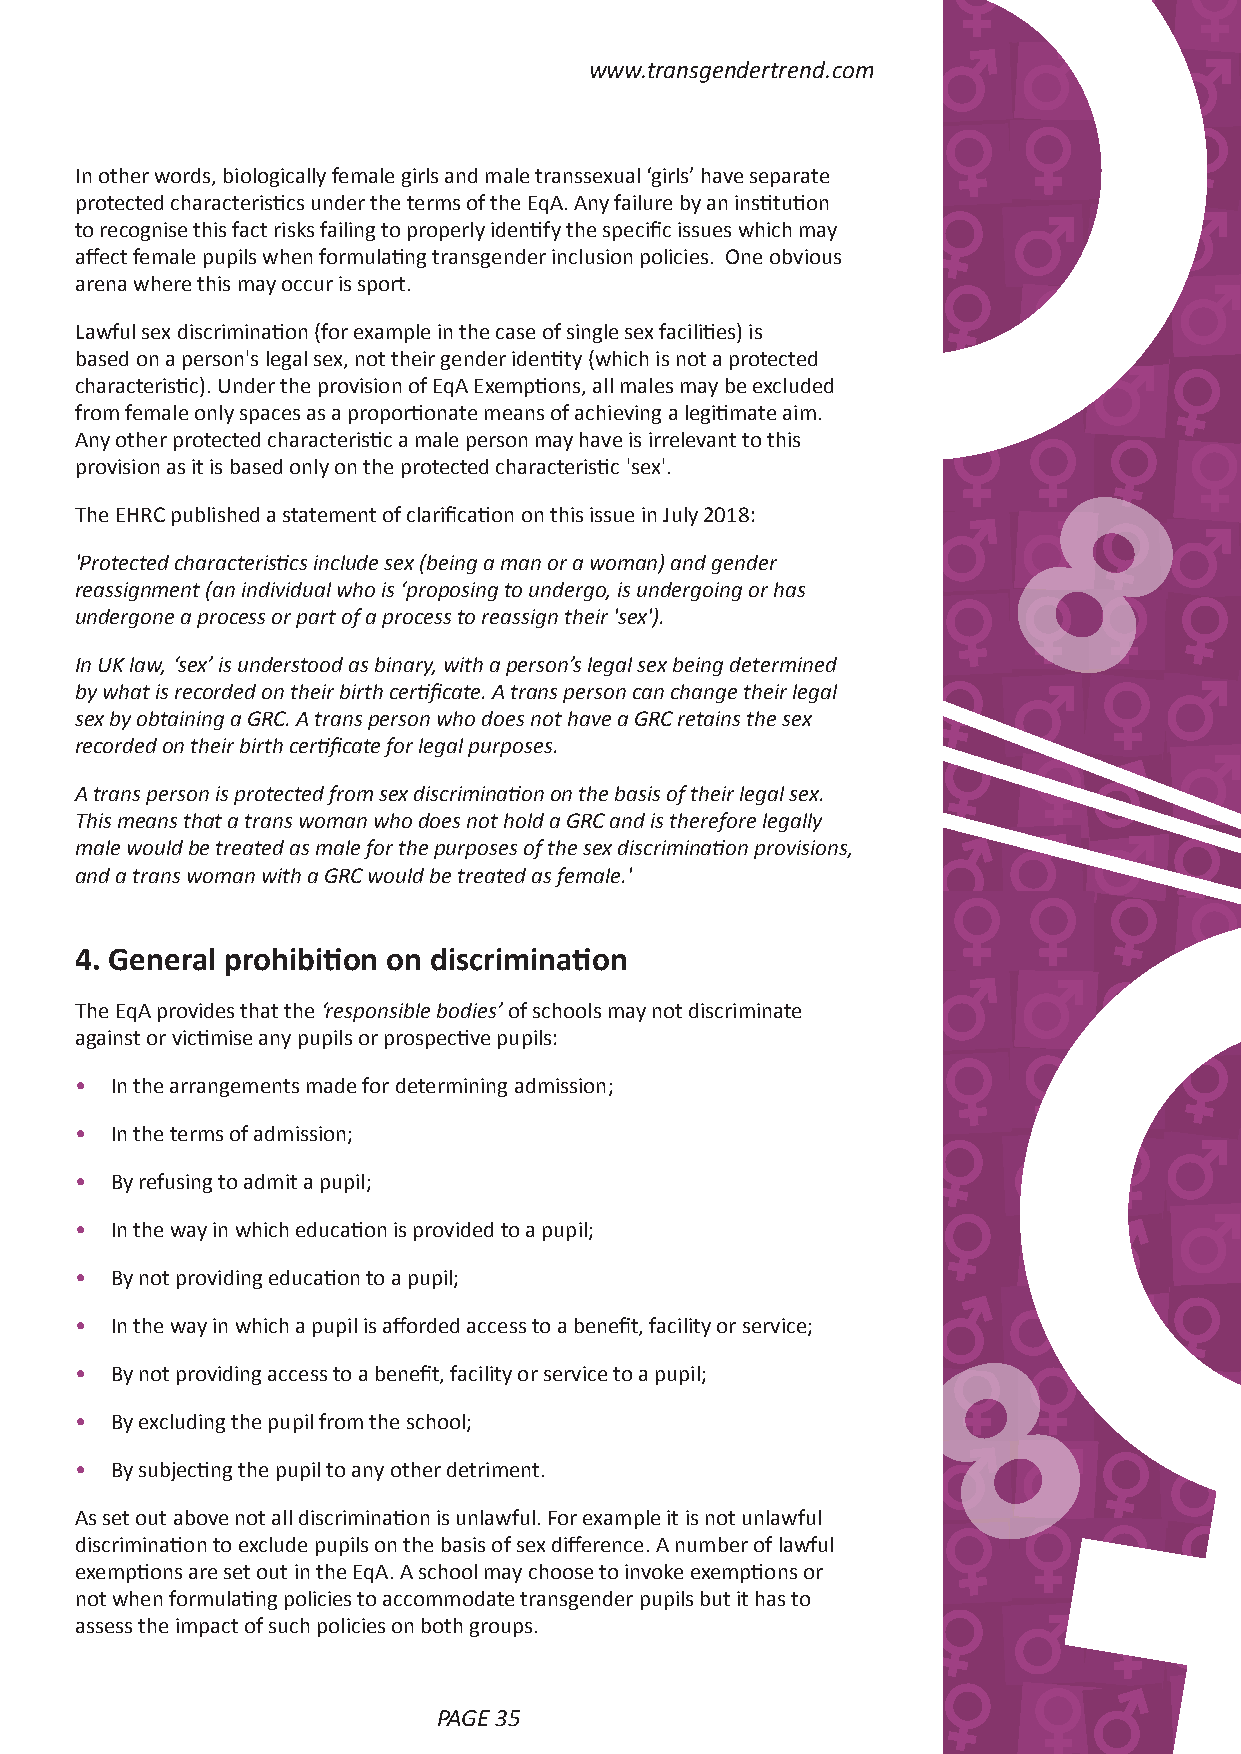
www.transgendertrend.com
 In other words, biologically female girls and male transsexual ‘girls’ have separate
 protected characteristics under the terms of the EqA. Any failure by an institution
 to recognise this fact risks failing to properly identify the specific issues which may
 affect female pupils when formulating transgender inclusion policies. One obvious
 arena where this may occur is sport.
 Lawful sex discrimination (for example in the case of single sex facilities) is
 based on a person's legal sex, not their gender identity (which is not a protected
 characteristic). Under the provision of EqA Exemptions, all males may be excluded
 from female only spaces as a proportionate means of achieving a legitimate aim.
 Any other protected characteristic a male person may have is irrelevant to this
 provision as it is based only on the protected characteristic 'sex'.
 The EHRC published a statement of clarification on this issue in July 2018:
 'Protected characteristics include sex (being a man or a woman) and gender
 reassignment (an individual who is ‘proposing to undergo, is undergoing or has 8
 undergone a process or part of a process to reassign their 'sex').
 In UK law, ‘sex’ is understood as binary, with a person’s legal sex being determined
 by what is recorded on their birth certificate. A trans person can change their legal
 sex by obtaining a GRC. A trans person who does not have a GRC retains the sex
 recorded on their birth certificate for legal purposes.
 A trans person is protected from sex discrimination on the basis of their legal sex.
 This means that a trans woman who does not hold a GRC and is therefore legally
 male would be treated as male for the purposes of the sex discrimination provisions,
 and a trans woman with a GRC would be treated as female.'
 4. General prohibition on discrimination
 The EqA provides that the ‘responsible bodies’ of schools may not discriminate
 against or victimise any pupils or prospective pupils:
 • In the arrangements made for determining admission;
 • In the terms of admission;
 • By refusing to admit a pupil;
 • In the way in which education is provided to a pupil;
 • By not providing education to a pupil;
 • In the way in which a pupil is afforded access to a benefit, facility or service;
 • By not providing access to a benefit, facility or service to a pupil;
 8
 • By excluding the pupil from the school;
 • By subjecting the pupil to any other detriment.
 As set out above not all discrimination is unlawful. For example it is not unlawful
 discrimination to exclude pupils on the basis of sex difference. A number of lawful
 exemptions are set out in the EqA. A school may choose to invoke exemptions or
 not when formulating policies to accommodate transgender pupils but it has to
 assess the impact of such policies on both groups.
 PAGE 34                      PAGE 35